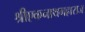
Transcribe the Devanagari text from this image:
श्रीएकनाथमहाराज